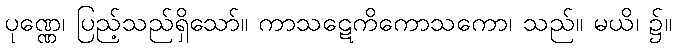
ပုဏ္ဏေ၊ ပြည့်သည်ရှိသော်။ ကာသဋေကိကောသကော၊ သည်။ မယိ၊ ၌။